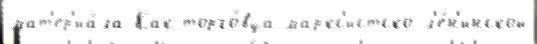
мат'ер'иа́ла Как торго́вца маркс'истско-л'е́н'инской